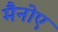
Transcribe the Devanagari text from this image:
मैनोए